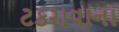
ટકરાવાના